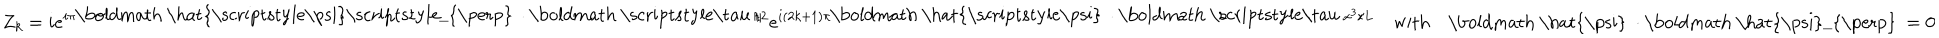
Z _ { k } = i e ^ { i \pi \mathrm { \boldmath ~ \hat { \scriptstyle \ p s i } \scriptstyle _ { \perp } ~ } \cdot \mathrm { \boldmath ~ \scriptstyle \ t a u ~ } / 2 } e ^ { i ( 2 k + 1 ) \pi \mathrm { \boldmath ~ \hat { \scriptstyle \ p s i } ~ } \cdot \mathrm { \boldmath ~ \scriptstyle \ t a u ~ } x ^ { 3 } / L } \quad \mathrm { w i t h } \quad \mathrm { \boldmath ~ \hat { \ p s i } ~ } \cdot \mathrm { \boldmath ~ \hat { \ p s i } _ { \perp } ~ } = 0